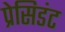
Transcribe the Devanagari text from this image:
प्रेसिडंट